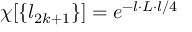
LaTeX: \chi [ \{ l _ { 2 k + 1 } \} ] = e ^ { - l \cdot L \cdot l / 4 }